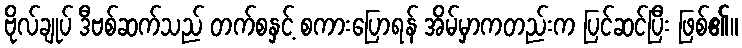
ဗိုလ်ချုပ် ဒီဗစ်ဆက်သည် တက်စနှင့် စကားပြောရန် အိမ်မှာကတည်းက ပြင်ဆင်ပြီး ဖြစ်၏။